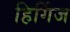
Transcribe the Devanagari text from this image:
हिगिंज